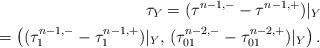
LaTeX: \begin{align*}\tau_Y = (\tau^{n-1,-} - \tau^{n-1,+})|_Y \\=\left( (\tau_1^{n-1,-} - \tau_1^{n-1,+})|_Y,\, (\tau_{01}^{n-2,-} - \tau_{01}^{n-2,+})|_Y\right).\end{align*}